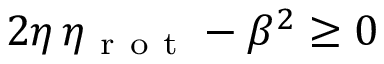
2 \eta \, \eta _ { \mathrm { ~ r ~ o ~ t ~ } } - \beta ^ { 2 } \geq 0